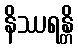
နိဿရန္တိ